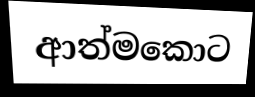
ආත්මකොට